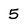
Character: 5